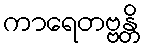
ကာရေတဗ္ဗန္တိ